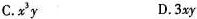
C.x^{3}y D.3xy